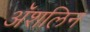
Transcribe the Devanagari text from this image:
अॅशलिन